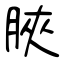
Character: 脥